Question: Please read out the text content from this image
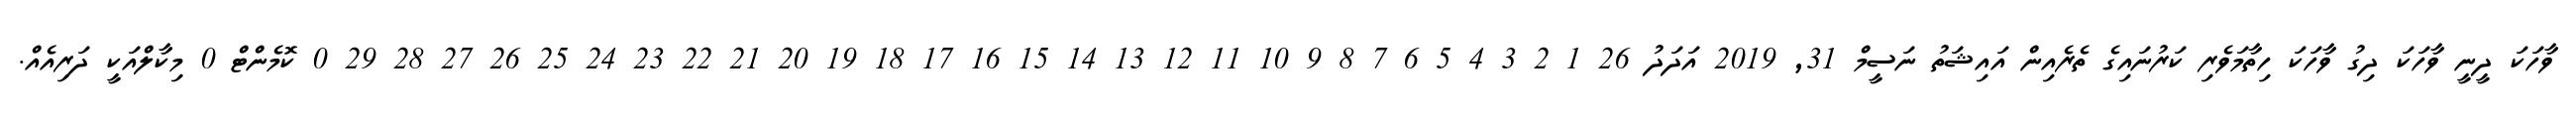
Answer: ވާހަކަ ދީނީ ވާހަކަ ދިގު ވާހަކަ ހިތާމަވެރި ކަރުނައިގެ ތެރެއިން އައިޝަތު ނަސީމް 31, 2019 އަދަދު 26 1 2 3 4 5 6 7 8 9 10 11 12 13 14 15 16 17 18 19 20 21 22 23 24 25 26 27 28 29 0 ކޮމެންޓް 0 މިކާލްއަކީ ދަރިއެއް.